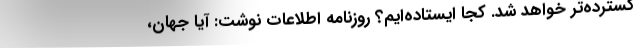
گسترده­تر خواهد شد. کجا ایستاده‌ایم؟ روزنامه اطلاعات نوشت: آیا جهان،